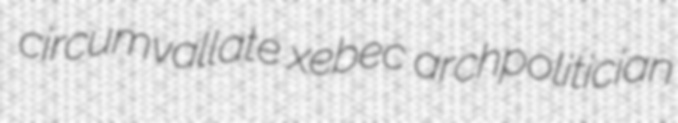
circumvallate xebec archpolitician